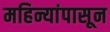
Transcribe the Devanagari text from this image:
महिन्यांपासून